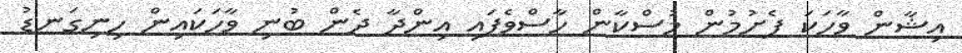
އިޝާން ވާހަކަ ފެށުމުން މުސްކާން ހާސްވެފައި އިންދާ ދެން ބުނި ވާހަކައިން ހިނިގަނޑު